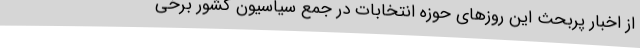
از اخبار پربحث این روزهای حوزه انتخابات در جمع سیاسیون کشور برخی